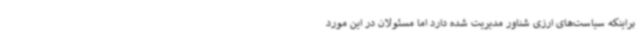
براینکه سیاست‌های ارزی شناور مدیریت شده دارد اما مسئولان در این مورد